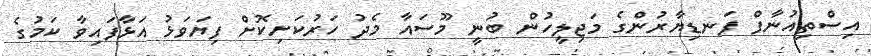
އިސްތިއުނާފް ފަނޑިޔާރުންގެ މަޖިލީހުން ބުނީ މޫސައާ މެދު ހަރުކަށިކޮށް ފިޔަވަޅު އަޅާފައިވާ ކަމުގެ